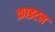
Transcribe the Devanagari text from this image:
क्राइटन